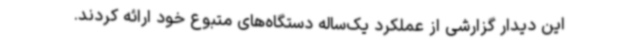
این دیدار گزارشی از عملکرد یک‌ساله دستگاه‌های متبوع خود ارائه کردند.